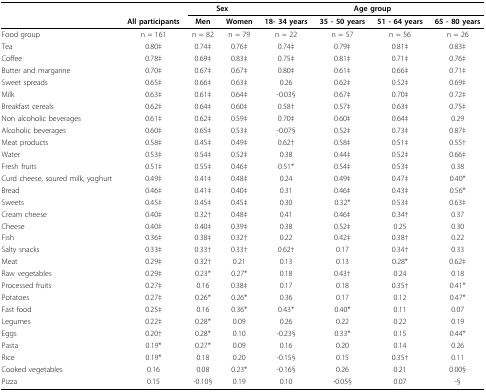
<table><thead><tr><td></td><td></td><td colspan="2"><b>Sex</b></td><td colspan="4"><b>Age group</b></td></tr><tr><td></td><td><b>All participants</b></td><td><b>Men</b></td><td><b>Women</b></td><td><b>18- 34 years</b></td><td><b>35 - 50 years</b></td><td><b>51 - 64 years</b></td><td><b>65 - 80 years</b></td></tr></thead><tbody><tr><td>Food group</td><td>n = 161</td><td>n = 82</td><td>n = 79</td><td>n = 22</td><td>n = 57</td><td>n = 56</td><td>n = 26</td></tr><tr><td>Tea</td><td>0.80‡</td><td>0.74‡</td><td>0.76‡</td><td>0.74‡</td><td>0.79‡</td><td>0.81‡</td><td>0.83‡</td></tr><tr><td>Coffee</td><td>0.78‡</td><td>0.69‡</td><td>0.83‡</td><td>0.75‡</td><td>0.81‡</td><td>0.71‡</td><td>0.76‡</td></tr><tr><td>Butter and margarine</td><td>0.70‡</td><td>0.67‡</td><td>0.67‡</td><td>0.80‡</td><td>0.61‡</td><td>0.66‡</td><td>0.71‡</td></tr><tr><td>Sweet spreads</td><td>0.65‡</td><td>0.66‡</td><td>0.63‡</td><td>0.26</td><td>0.62‡</td><td>0.52‡</td><td>0.69‡</td></tr><tr><td>Milk</td><td>0.63‡</td><td>0.61‡</td><td>0.64‡</td><td>-0.03§</td><td>0.67‡</td><td>0.70‡</td><td>0.72‡</td></tr><tr><td>Breakfast cereals</td><td>0.62‡</td><td>0.64‡</td><td>0.60‡</td><td>0.58†</td><td>0.57‡</td><td>0.63‡</td><td>0.75‡</td></tr><tr><td>Non alcoholic beverages</td><td>0.61‡</td><td>0.62‡</td><td>0.59‡</td><td>0.70‡</td><td>0.60‡</td><td>0.64‡</td><td>0.29</td></tr><tr><td>Alcoholic beverages</td><td>0.60‡</td><td>0.65‡</td><td>0.53‡</td><td>-0.07§</td><td>0.52‡</td><td>0.73‡</td><td>0.87‡</td></tr><tr><td>Meat products</td><td>0.58‡</td><td>0.45‡</td><td>0.49‡</td><td>0.62†</td><td>0.58‡</td><td>0.51‡</td><td>0.55†</td></tr><tr><td>Water</td><td>0.53‡</td><td>0.54‡</td><td>0.52‡</td><td>0.38</td><td>0.44‡</td><td>0.52‡</td><td>0.66‡</td></tr><tr><td>Fresh fruits</td><td>0.51‡</td><td>0.55‡</td><td>0.46‡</td><td>0.51*</td><td>0.54‡</td><td>0.53‡</td><td>0.38</td></tr><tr><td>Curd cheese, soured milk, yoghurt</td><td>0.49‡</td><td>0.41‡</td><td>0.48‡</td><td>0.24</td><td>0.49‡</td><td>0.47‡</td><td>0.40*</td></tr><tr><td>Bread</td><td>0.46‡</td><td>0.41‡</td><td>0.40‡</td><td>0.31</td><td>0.46‡</td><td>0.43‡</td><td>0.56*</td></tr><tr><td>Sweets</td><td>0.45‡</td><td>0.45‡</td><td>0.45‡</td><td>0.30</td><td>0.32*</td><td>0.53‡</td><td>0.63‡</td></tr><tr><td>Cream cheese</td><td>0.40‡</td><td>0.32†</td><td>0.48‡</td><td>0.41</td><td>0.46‡</td><td>0.34†</td><td>0.37</td></tr><tr><td>Cheese</td><td>0.40‡</td><td>0.40‡</td><td>0.39‡</td><td>0.38</td><td>0.52‡</td><td>0.25</td><td>0.30</td></tr><tr><td>Fish</td><td>0.36‡</td><td>0.38‡</td><td>0.32†</td><td>0.22</td><td>0.42‡</td><td>0.38†</td><td>0.22</td></tr><tr><td>Salty snacks</td><td>0.33‡</td><td>0.33†</td><td>0.33†</td><td>0.62†</td><td>0.17</td><td>0.34†</td><td>0.33</td></tr><tr><td>Meat</td><td>0.29‡</td><td>0.32†</td><td>0.21</td><td>0.13</td><td>0.13</td><td>0.28*</td><td>0.62‡</td></tr><tr><td>Raw vegetables</td><td>0.29‡</td><td>0.23*</td><td>0.27*</td><td>0.18</td><td>0.43†</td><td>0.24</td><td>0.18</td></tr><tr><td>Processed fruits</td><td>0.27‡</td><td>0.16</td><td>0.38‡</td><td>0.17</td><td>0.18</td><td>0.35†</td><td>0.41*</td></tr><tr><td>Potatoes</td><td>0.27‡</td><td>0.26*</td><td>0.26*</td><td>0.36</td><td>0.17</td><td>0.12</td><td>0.47*</td></tr><tr><td>Fast food</td><td>0.25‡</td><td>0.16</td><td>0.36*</td><td>0.43*</td><td>0.40*</td><td>0.11</td><td>0.07</td></tr><tr><td>Legumes</td><td>0.22‡</td><td>0.28*</td><td>0.09</td><td>0.26</td><td>0.22</td><td>0.22</td><td>0.19</td></tr><tr><td>Eggs</td><td>0.20†</td><td>0.28*</td><td>0.10</td><td>-0.23§</td><td>0.33*</td><td>0.15</td><td>0.44*</td></tr><tr><td>Pasta</td><td>0.19*</td><td>0.27*</td><td>0.09</td><td>0.16</td><td>0.20</td><td>0.14</td><td>0.26</td></tr><tr><td>Rice</td><td>0.19*</td><td>0.18</td><td>0.20</td><td>-0.15§</td><td>0.15</td><td>0.35†</td><td>0.11</td></tr><tr><td>Cooked vegetables</td><td>0.16</td><td>0.08</td><td>0.23*</td><td>-0.16§</td><td>0.26</td><td>0.21</td><td>0.00§</td></tr><tr><td>Pizza</td><td>0.15</td><td>-0.10§</td><td>0.19</td><td>0.10</td><td>-0.05§</td><td>0.07</td><td>-§</td></tr></tbody></table>